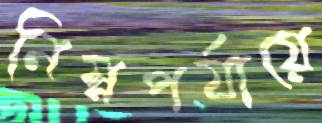
নিম্নপর্যায়ে